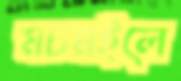
মচমইলে